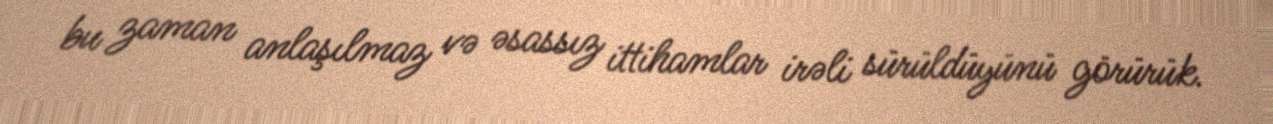
bu zaman anlaşılmaz və əsassız ittihamlar irəli sürüldüyünü görürük.